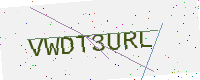
Text: VWDT3URL